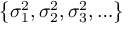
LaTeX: \left\{ \sigma _ { 1 } ^ { 2 } , \sigma _ { 2 } ^ { 2 } , \sigma _ { 3 } ^ { 2 } , \ldots \right\}